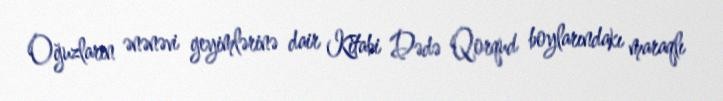
Oğuzların ənənəvi geyimlərinə dair Kitabi Dədə Qorqud boylarındakı maraqlı